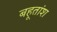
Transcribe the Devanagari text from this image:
बहूतांश